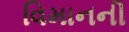
વિમાનની